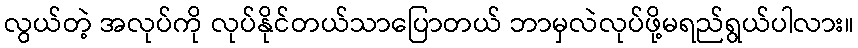
လွယ်တဲ့ အလုပ်ကို လုပ်နိုင်တယ်သာပြောတယ် ဘာမှလဲလုပ်ဖို့မရည်ရွယ်ပါလား။